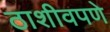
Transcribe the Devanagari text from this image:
ठाशीवपणे